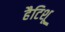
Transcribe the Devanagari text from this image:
हैटिशू